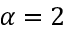
\alpha = 2